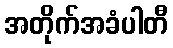
အတိုက်အခံပါတီ